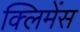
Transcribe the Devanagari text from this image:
क्लिमेंस